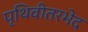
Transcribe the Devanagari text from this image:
पृथिवीतरभेद